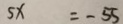
5 x = - 5 S